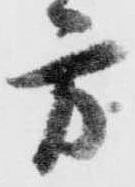
方